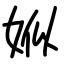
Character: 娰